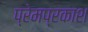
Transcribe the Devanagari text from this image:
प्रेमप्रकाश